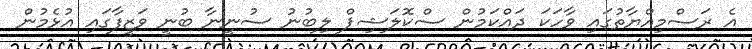
އެ ރަސްމިއްޔާތުގައި ވާހަކަ ދައްކަމުން ސްކޮލަޝިޕް ލިބުނު ސުނީނާ ބުނީ ވަޒީފާގައި އުޅެމުން